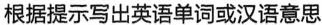
根据提示写出英语单词或汉语意思